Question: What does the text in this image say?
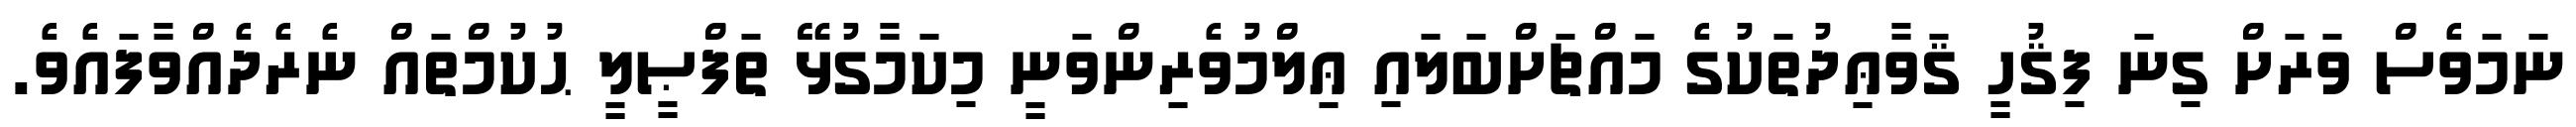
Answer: ނަމަވެސް ވަރަށް ގިނަ ފިޤުހީ ޤަވާޢިދުތަކުގެ މައްޗަށްބަލައި ޢިލްމުވެރިންވަނީ މިކަމާގުޅޭ ތަފްޞީލީ ޙުކުމްތައް ނެރެދެއްވާފައެވެ.